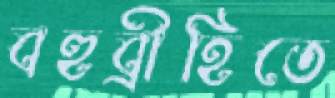
বহুব্রীহিতে